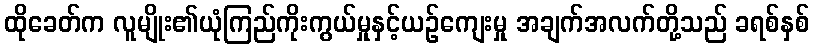
ထိုခေတ်က လူမျိုး၏ယုံကြည်ကိုးကွယ်မှုနှင့်ယဉ်ကျေးမှု အချက်အလက်တို့သည် ခရစ်နှစ်